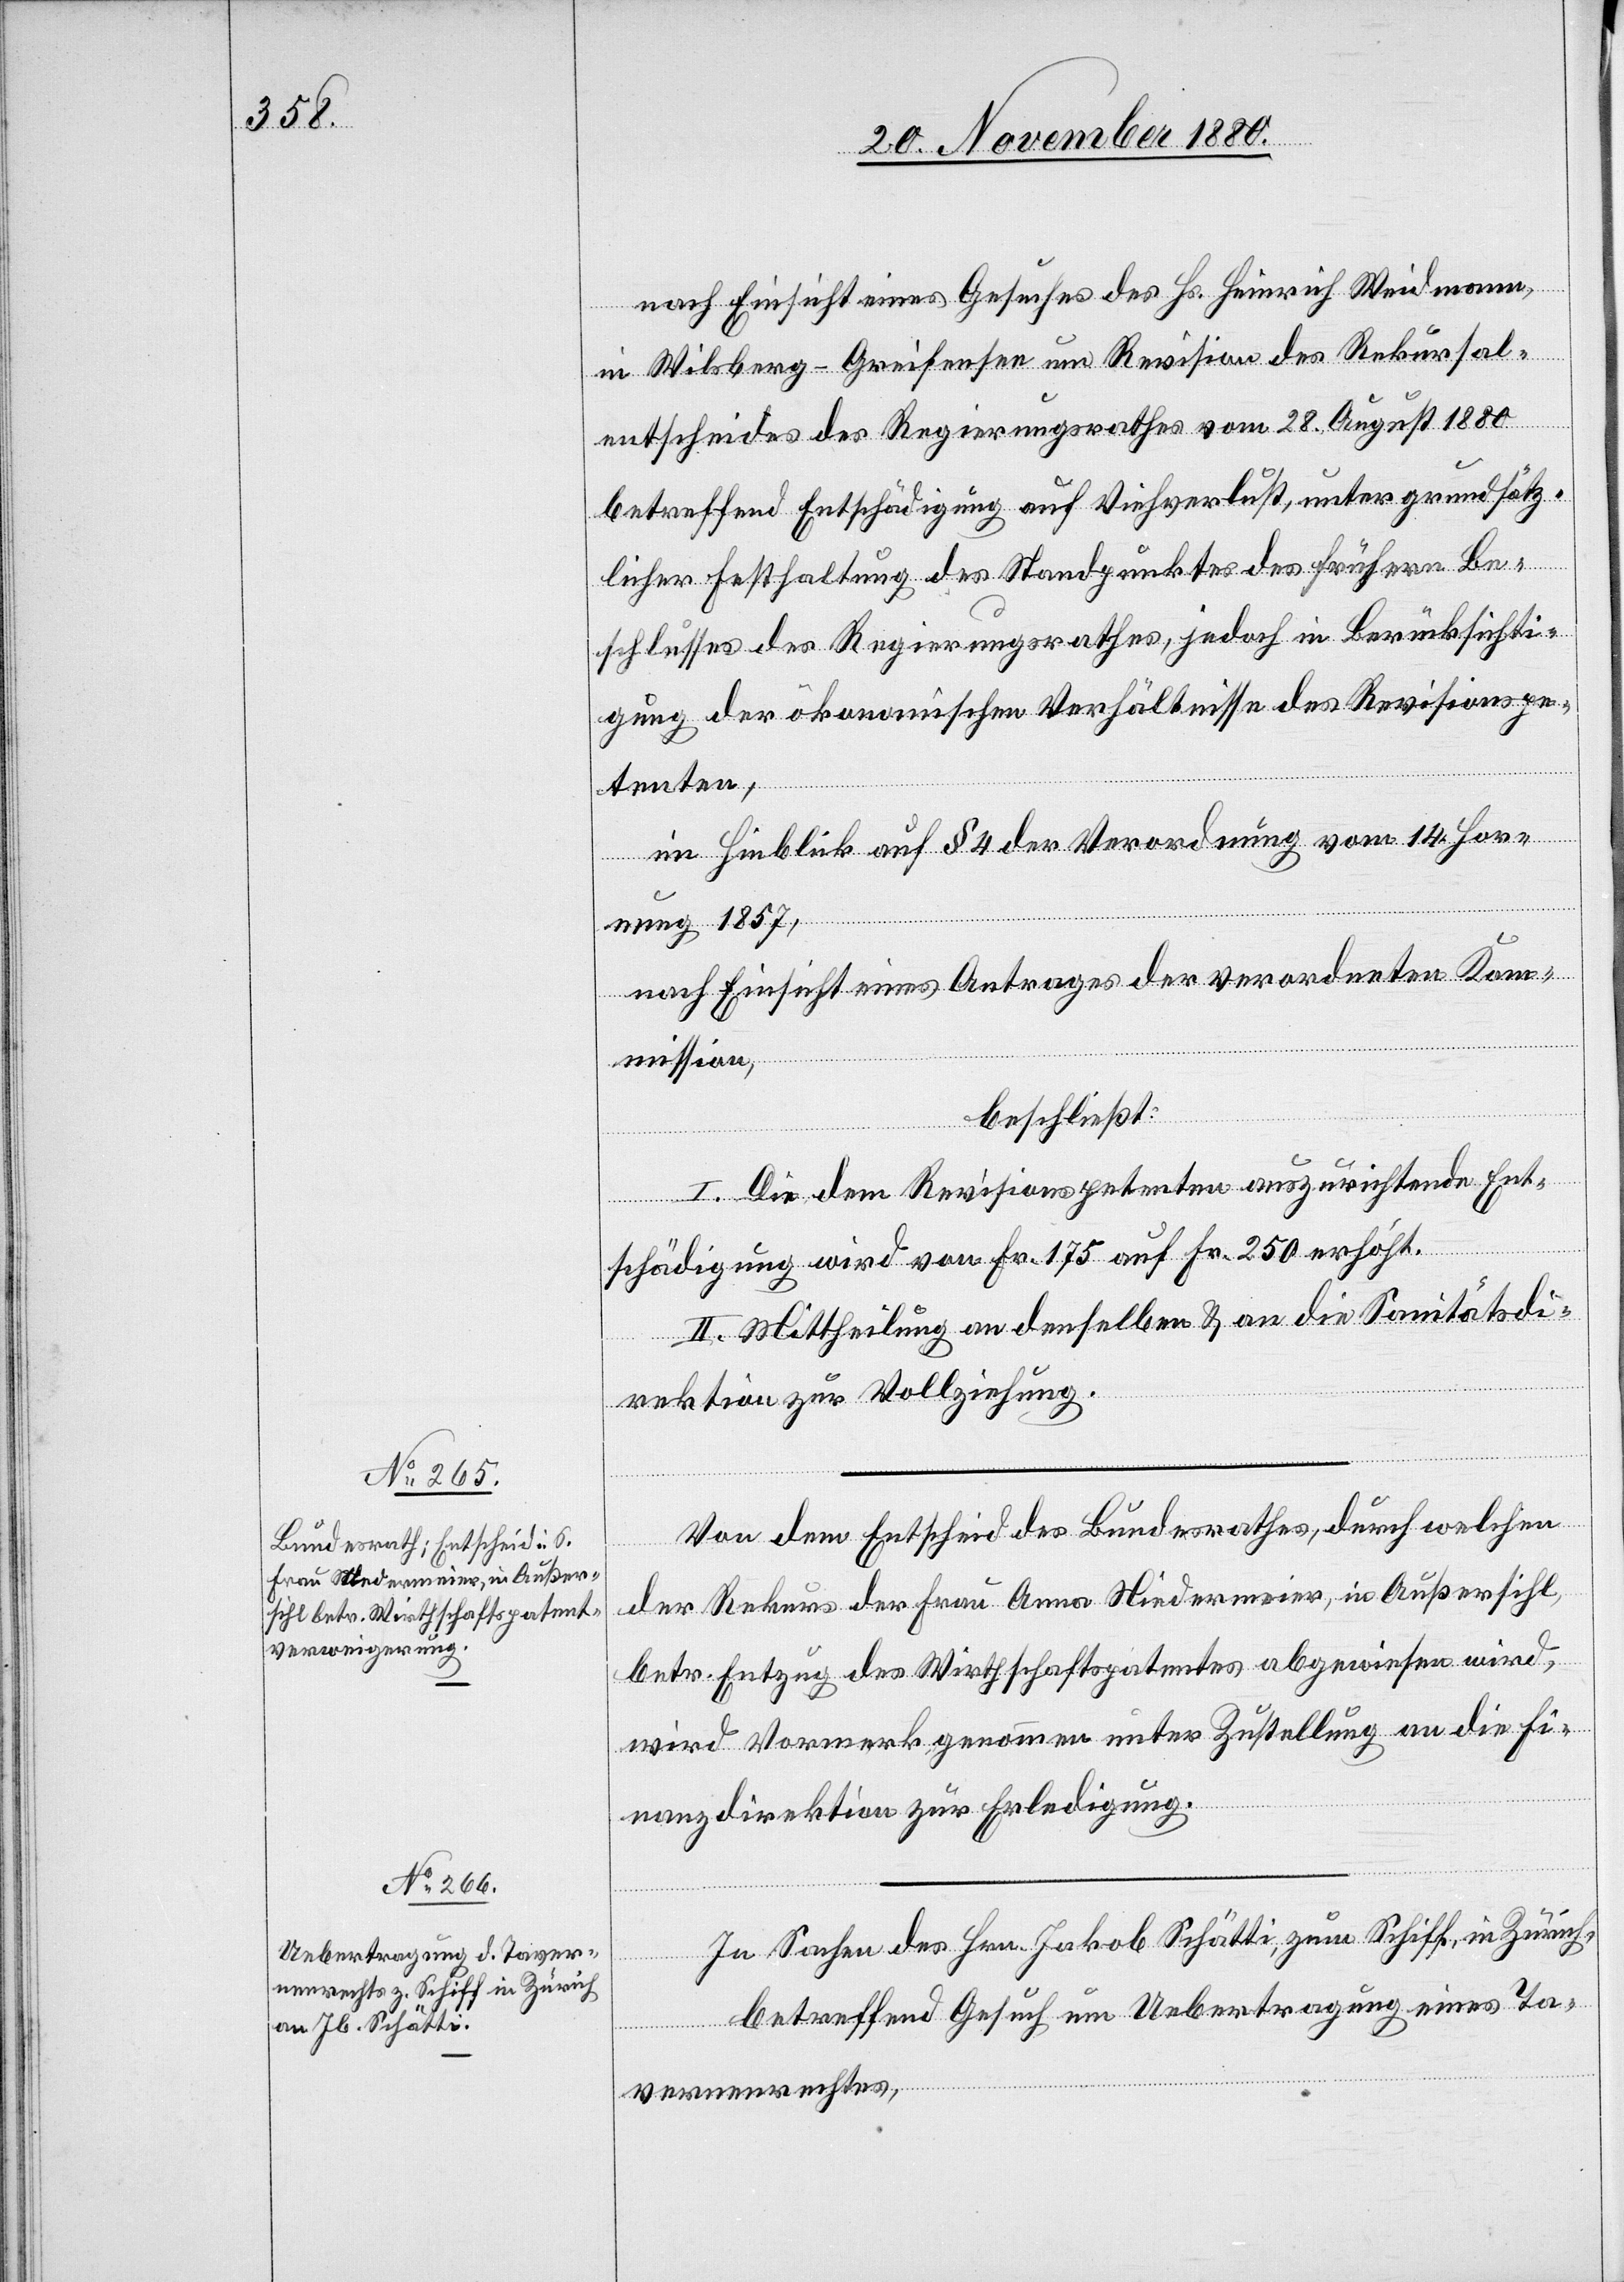
nach Einsicht eines Gesuches des Hs. Heinrich Weidmann,
in Will[d]sberg - Greifensee um Revision des Rekursal¬
entscheides des Regierungsrathes vom 28. August 1880
betreffend Entschädigung auf Viehverlust, unter grundsätz¬
licher Festhaltung des Standpunktes des frühern Be¬
schlusses des Regierungsrathes, jedoch in Berücksichti¬
gung der ökonomischen Verhältnisse des Revisionspe¬
tenten,
in Hinblick auf § 4 der Verordnung vom 14. Hor¬
nung 1857,
nach Einsicht eines Antrages der verordneten Kom¬
mssion,
beschließt:
I. Die dem Revisionspetenten auszurichtende Ent¬
schädigung wird von Fr. 175 auf Fr. 250 erhöht.
II. Mittheilung an denselben & an die Sanitätsdi¬
nanzdirektion.
rektion zur Vollziehung.
Von dem Entscheid des Bundesrathes, durch welchen
der Rekurs der Frau Anna Niedermeier, in Außersihl
betr. Entzug des Wirtschaftspatentes abgewiesen wird,
wird Vormerk genommen unter Zustellung an die Fi¬
In Sachen des Hrn. Jakob Schätti, zum Schiff, in Zürich,
betreffend Gesuch um Uebertragung eines Ta¬
vernenrechtes,